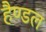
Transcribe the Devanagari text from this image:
हैण्डल